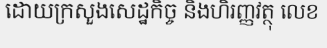
ដោយក្រសួងសេដ្ឋកិច្ច និងហិរញ្ញវត្ថុ លេខ